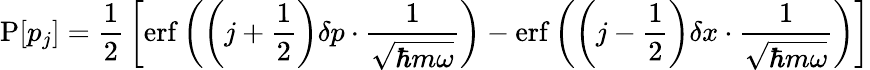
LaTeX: \operatorname{P}[p_{j}]={\frac{1}{2}}\left[\operatorname{erf}\left(\left(j+{\frac{1}{2}}\right)\delta p\cdot{\frac{1}{\sqrt{\hbar m\omega}}}\right)-\operatorname{erf}\left(\left(j-{\frac{1}{2}}\right)\delta x\cdot{\frac{1}{\sqrt{\hbar m\omega}}}\right)\right]